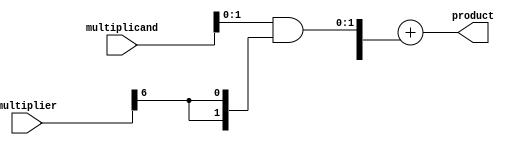
module adaptive_wallace_tree_multiplier #(
    parameter N = 8  // Number of bits for multiplicands
)(
    input [N-1:0] multiplicand,
    input [N-1:0] multiplier,
    output reg [2*N-1:0] product
);

    // Partial Product Generation
    wire [N-1:0] partial_products [N-1:0]; // Array of partial products

    generate
        genvar i;
        for (i = 0; i < N; i = i + 1) begin : generate_partial_products
            assign partial_products[i] = multiplicand & {N{multiplier[i]}};
        end
    endgenerate

    // Wallace Tree Reduction
    wire [2*N-1:0] stage1 [N-1:0];    
    wire [2*N:0] sum [N-1:0];
    wire [N:0] carry [N-1:0];

    // Stage 1 of Wallace Tree
    generate
        genvar j;
        for (j = 0; j < N; j = j + 1) begin : stage1_reduction
            // Example of combining partial products using Half Adders and Full Adders
            // You can replace the logic here with the actual Wallace Tree logic
            
            if (j < N-1) begin
                assign stage1[j][0] = partial_products[j][0];
                assign stage1[j][1] = partial_products[j][1];
                // Additional logic to combine the bits
                // Consider adding Full Adder/ Half Adder based on bits available
            end
        end
    endgenerate

    // Further stages of reduction (this should be continued until 2 rows are left)
    // You can create more stages here following the Wallace Tree approach

    // Final Addition (example using a simple adder, replace it with CLA/CSA for efficiency)
    wire [2*N-1:0] final_sum, final_carry; 
    assign {final_carry, final_sum} = stage1[N-1] + stage1[N-2];

    always @(*) begin
        product = final_sum; // Assign the final product
    end

endmodule